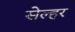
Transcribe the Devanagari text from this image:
सेल्हर